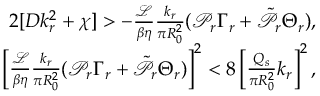
\begin{array} { r } { 2 [ D k _ { r } ^ { 2 } + \chi ] > - \frac { \mathcal { L } } { \beta \eta } \frac { k _ { r } } { \pi R _ { 0 } ^ { 2 } } ( \mathcal { P } _ { r } \Gamma _ { r } + \tilde { \mathcal { P } } _ { r } \Theta _ { r } ) , } \\ { \left[ \frac { \mathcal { L } } { \beta \eta } \frac { k _ { r } } { \pi R _ { 0 } ^ { 2 } } ( \mathcal { P } _ { r } \Gamma _ { r } + \tilde { \mathcal { P } } _ { r } \Theta _ { r } ) \right] ^ { 2 } < 8 \left[ \frac { Q _ { s } } { \pi R _ { 0 } ^ { 2 } } k _ { r } \right] ^ { 2 } , } \end{array}